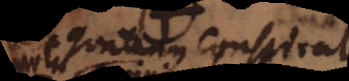
quatenus conspirat